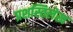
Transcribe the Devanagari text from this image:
प्रशस्तिलेख